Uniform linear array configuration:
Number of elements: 12
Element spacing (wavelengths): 0.25
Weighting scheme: hann
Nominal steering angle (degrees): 60
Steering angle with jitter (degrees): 61.442
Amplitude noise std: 0.05
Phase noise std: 0.05

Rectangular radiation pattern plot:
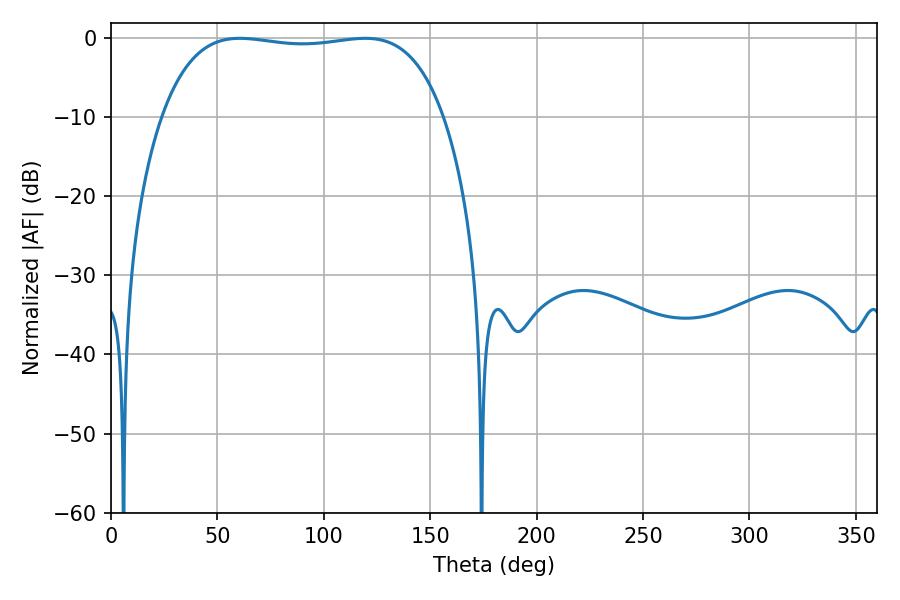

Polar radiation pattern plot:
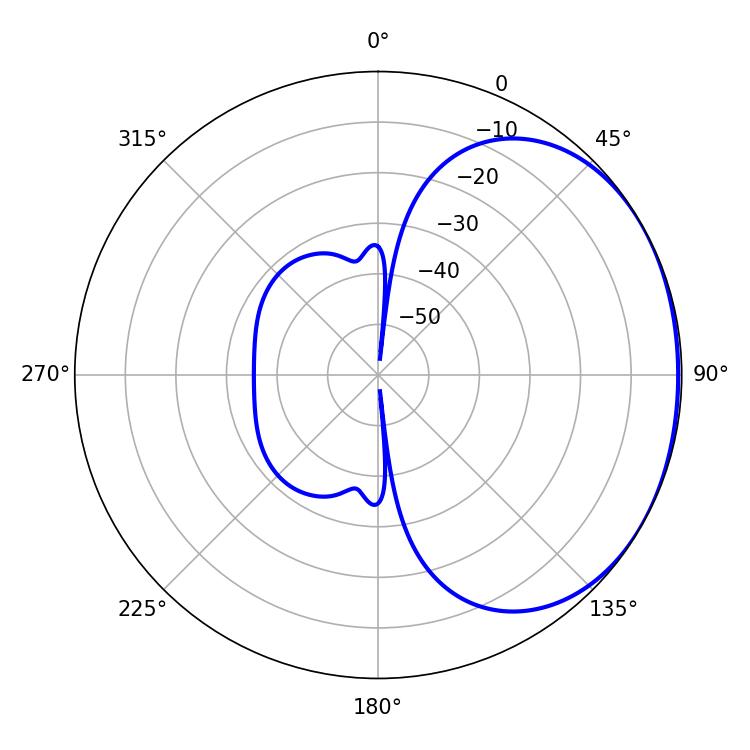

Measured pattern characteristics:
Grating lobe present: FALSE
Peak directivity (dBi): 1.269
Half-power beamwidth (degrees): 105.48
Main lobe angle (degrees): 60.48